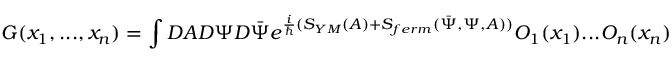
G ( x _ { 1 } , . . . , x _ { n } ) = \int D A D \Psi D \bar { \Psi } e ^ { \frac { i } { \hbar } ( S _ { Y M } ( A ) + S _ { f e r m } ( \bar { \Psi } , \Psi , A ) ) } { \cal O } _ { 1 } ( x _ { 1 } ) . . . { \cal O } _ { n } ( x _ { n } )